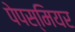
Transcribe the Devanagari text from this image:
पेपस्मियर